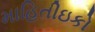
માહિતીઇકો